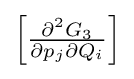
{\textstyle \left[{\frac {\partial ^{2}G_{3}}{\partial p_{j}\partial Q_{i}}}\right]}